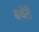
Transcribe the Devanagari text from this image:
बथेरी